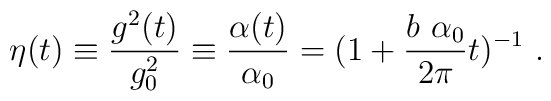
\eta (t)\equiv {\frac{g^2(t)}{g^2_0}}\equiv {\frac{\alpha(t)}{\alpha_0}}=(1+{\frac{b~ \alpha_0}{2\pi}}t)^{-1}~.